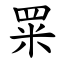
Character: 䍘